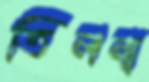
তিলনা